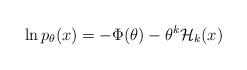
LaTeX: \begin{align*}\ln p_{\theta}(x) = -\Phi(\theta) - \theta^k \mathcal{H}_k(x)\end{align*}